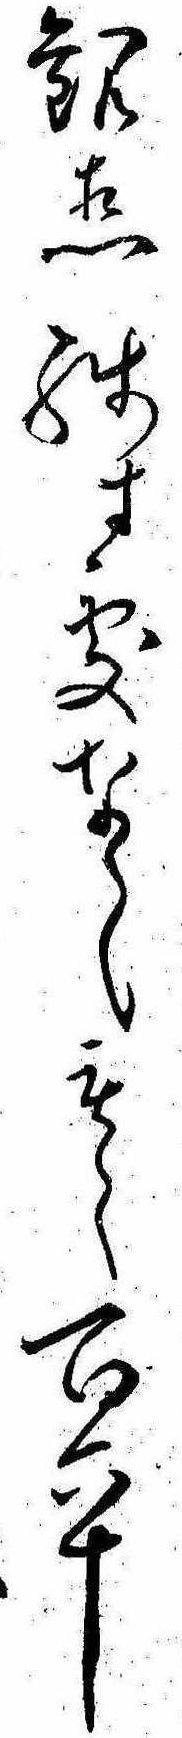
観想残す処なしもし百六十